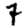
Digit: 7